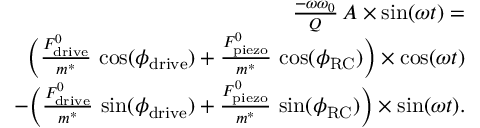
\begin{array} { r l r } & { } & { \frac { - \omega \omega _ { 0 } } { Q } \, A \times \sin ( \omega t ) = } \\ & { } & { \quad \bigg ( \frac { F _ { \mathrm { d r i v e } } ^ { 0 } } { m ^ { * } } \, \cos ( \phi _ { \mathrm { d r i v e } } ) + \frac { F _ { \mathrm { p i e z o } } ^ { 0 } } { m ^ { * } } \, \cos ( \phi _ { \mathrm { R C } } ) \bigg ) \times \cos ( \omega t ) } \\ & { } & { \quad - \bigg ( \frac { F _ { \mathrm { d r i v e } } ^ { 0 } } { m ^ { * } } \, \sin ( \phi _ { \mathrm { d r i v e } } ) + \frac { F _ { \mathrm { p i e z o } } ^ { 0 } } { m ^ { * } } \, \sin ( \phi _ { \mathrm { R C } } ) \bigg ) \times \sin ( \omega t ) . } \end{array}